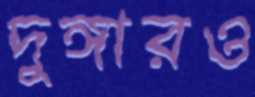
দুঙ্গারও